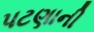
પટણાની